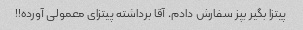
پیتزا بگیر بپز سفارش دادم. آقا برداشته پیتزای معمولی آورده!!